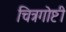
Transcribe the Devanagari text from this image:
चित्रगोष्टी